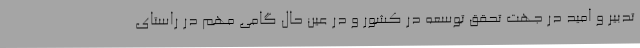
تدبیر و امید در جهت تحقق توسعه در کشور و در عین حال گامی مهم در راستای